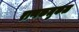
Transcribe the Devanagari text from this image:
राप्पकलुकळ